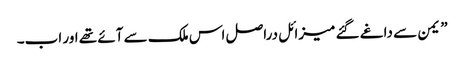
” یمن سے داغے گئے میزائل دراصل اس ملک سے آئے تھے اور اب۔